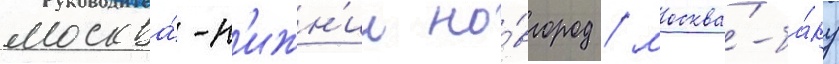
москва́-н'ижн'ии но́вгород / москва́-ба́ку